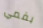
بفمي